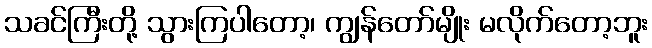
သခင်ကြီးတို့ သွားကြပါတော့၊ ကျွန်တော်မျိုး မလိုက်တော့ဘူး